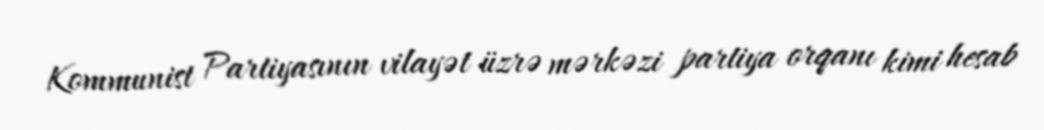
Kommunist Partiyasının vilayət üzrə mərkəzi partiya orqanı kimi hesab